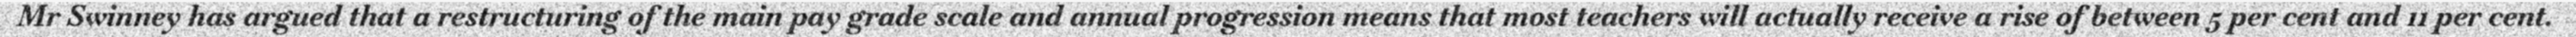
Mr Swinney has argued that a restructuring of the main pay grade scale and annual progression means that most teachers will actually receive a rise of between 5 per cent and 11 per cent.